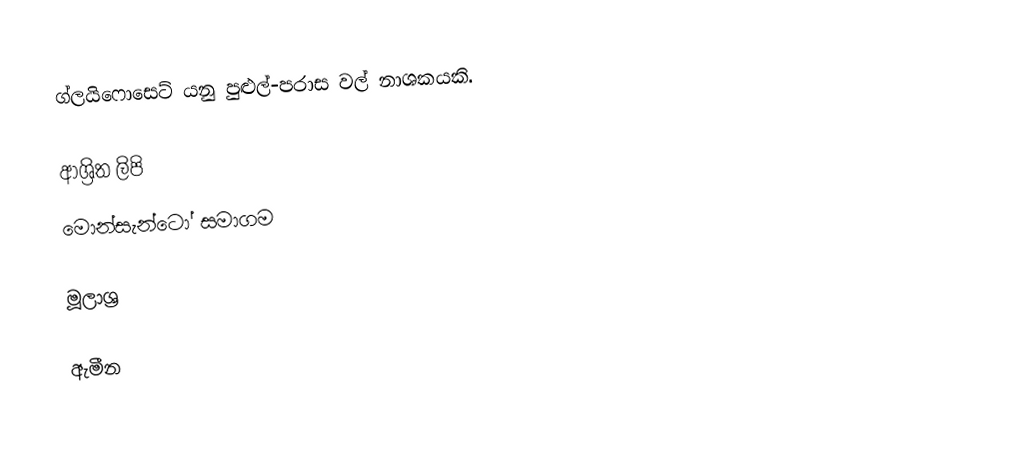
ග්ලයිෆොසෙට් යනු පුළුල්-පරාස වල් නාශකයකි.

ආශ්‍රිත ලිපි
 මොන්සැන්ටෝ සමාගම

මූලාශ්‍ර

ඇමීන